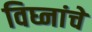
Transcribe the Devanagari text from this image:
विघ्नांचे